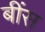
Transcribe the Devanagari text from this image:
बींस